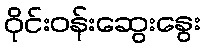
ဝိုင်းဝန်းဆွေးနွေး